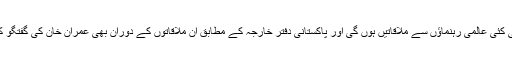
اس موقع پر وزیر اعظم کی کئی عالمی رہنماؤں سے ملاقاتیں ہوں گی اور پاکستانی دفتر خارجہ کے مطابق ان ملاقاتوں کے دوران بھی عمران خان کی گفتگو کا موضوع کشمیر ہی ہوگا۔